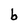
Character: b